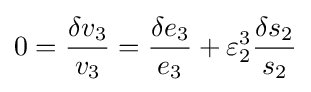
0={\frac {\delta v_{3}}{v_{3}}}={\frac {\delta e_{3}}{e_{3}}}+\varepsilon _{2}^{3}{\frac {\delta s_{2}}{s_{2}}}